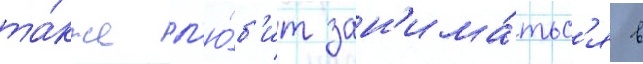
та́кже л'ю́б'ит зан'има́тьс'я в